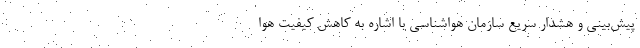
‌پیش‌بینی و هشدار سریع سازمان هواشناسی با اشاره به ‌کاهش کیفیت هوا